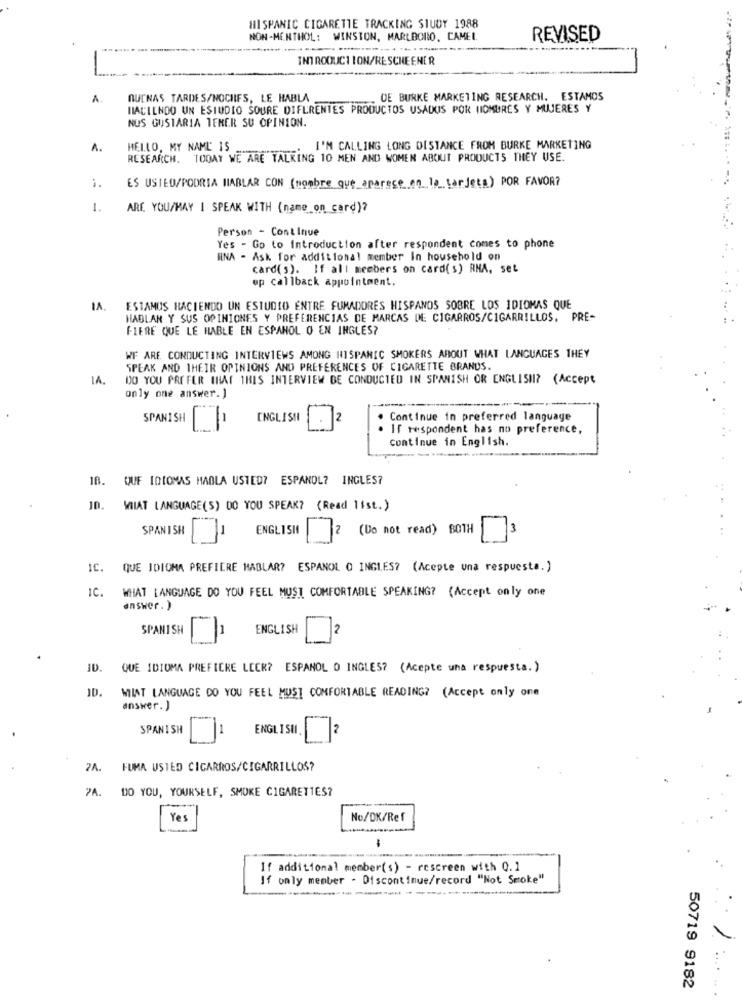
HISPANIC CIGARETTE TRACKING STUDY 1988
NON-MENTHOL: WINSTON, MARLBORO, CAMEL
REVISED
INTRODUCTION/RESCHEENER
BUENAS TARDES/NOCHIFS, LE HABLA
DE BURKE MARKETING RESEARCH. ESTAMOS
HACIENDO UN ESTUDIO SOURE DIFERENTES PRODUCTOS USADOS POR HOMBRES Y MUJERES Y
NUS GUSTARIA TENER SU OPINION.
A.
HELLO, MY NAME IS
I'M CALLING LONG DISTANCE FROM BURKE MARKETING
RESEARCH. TODAY WE ARE TALKING 10 MEN AND WOMEN ABOUT PRODUCTS THEY USE.
ES USTED/PODRIA HABLAR CON (nombre que_aparece_en_la_tarjeta) POR FAVOR?
1.
ARE YOU/MAY I SPEAK WITH (name on card)?
Person - Continue
Yes - Go to Introduction after respondent comes to phone
RNA - Ask for additional member In household on
card(s). If all members on card(s) RNA, set
op callback appointment.
IA. ESTAMOS HACIENDO UN ESTUDIO ENTRE FUMADORES HISPANOS SOBRE LOS IDIOMAS QUE
HABLAN Y SUS OPINIONES Y PREFERENCIAS DE MARCAS DE CIGARROS/CIGARRILLOS. PRE-
FLERE QUE LE HABLE EN ESPANOL O EN INGLES?
WF ARE CONDUCTING INTERVIEWS AMONG HISPANIC SMOKERS ABOUT WHAT LANGUAGES THEY
SPEAK AND THEIR OPINIONS AND PREFERENCES OF CIGARETTE BRANDS.
DO YOU PREFER THAT THIS INTERVIEW DE CONDUCTED IN SPANISH OR ENGLISH? (Accept
only one answer. )
ENGLISH
2
Continue in preferred language
SPANISH
If respondent has no preference,
..
Continue in English.
18. QUF IDIOMAS HABLA USTED? ESPANOL? INGLES?
Jn. WHAT LANGUAGE(S) DO YOU SPEAK? (Read list. )
SPANISH
ENGLISH
2 (Do not read) BOTH
3
IC.
QUE IDIOMA PREFIERE HABLAR? ESPANOL O INGLES? (Acepte una respuesta.)
IC.
WHAT LANGUAGE DO YOU FEEL MUST COMFORTABLE SPEAKING? (Accept only one
answer. )
SPANISH
-
ENGLISH
2
ID. QUE IDIOMA PREFIERE LECK? ESPANOL O INGLES? (Acepte una respuesta.)
ID. MIAT LANGUAGE DO YOU FEEL MUST COMFORTABLE READING? (Accept only one
answer. )
SPANISH
1
ENGLISH
2A. FUMA USTED CICARROS/CIGARRILLOS?
7A. DO YOU, YOURSELF, SMOKE CIGARETTES?
Ye
No/DK/Ref
.......
If additional member(s) - rescreen with 0.1
If only member - Discontinue/record "Not Smoke"
50719 9182